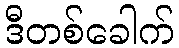
ဒီတစ်ခေါက်